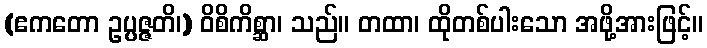
(ဧကတော ဥပ္ပဇ္ဇတိ၊) ဝိစိကိစ္ဆာ၊ သည်။ တထာ၊ ထိုတစ်ပါးသော အဖို့အားဖြင့်။